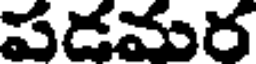
పడమర